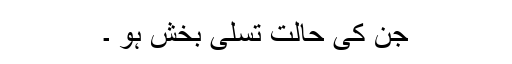
جن کی حالت تسلی بخش ہو ۔